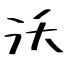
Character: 沃